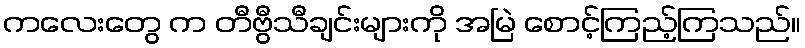
ကလေးတွေ က တီဗွီသီချင်းများကို အမြဲ စောင့်ကြည့်ကြသည်။